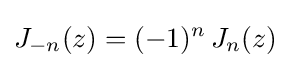
J_{-n}(z)=(-1)^{n}\,J_{n}(z)